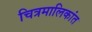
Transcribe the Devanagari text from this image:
चित्रमालिकांत